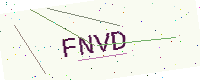
Text: FNVD